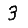
Digit: 3